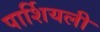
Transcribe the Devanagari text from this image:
पार्शियली